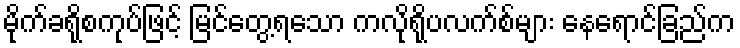
မိုက်ခရိုစကုပ်ဖြင့် မြင်တွေ့ရသော ကလိုရိုပလက်စ်များ နေရောင်ခြည်က